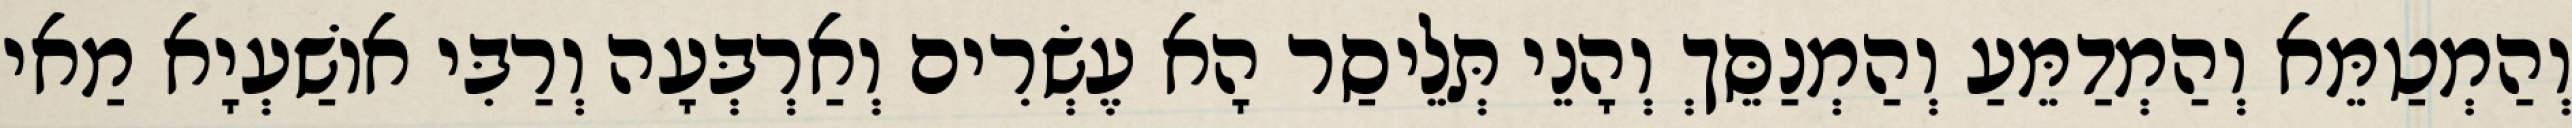
וְהַמְטַמֵּא וְהַמְדַמֵּעַ וְהַמְנַסֵּךְ וְהָנֵי תְּלֵיסַר הָא עֶשְׂרִים וְאַרְבְּעָה וְרַבִּי אוֹשַׁעְיָא מַאי